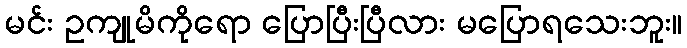
မင်း ဥကျုမိကိုရော ပြောပြီးပြီလား မပြောရသေးဘူး။